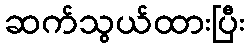
ဆက်သွယ်ထားပြီး